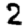
Digit: 2